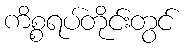
ကိစ္စရပ်တိုင်းတွင်